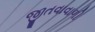
જીતવાવાળી